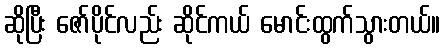
ဆိုပြီး ဇော်ပိုင်လည်း ဆိုင်ကယ် မောင်းထွက်သွားတယ်။